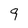
Character: 9